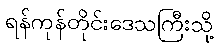
ရန်ကုန်တိုင်းဒေသကြီးသို့